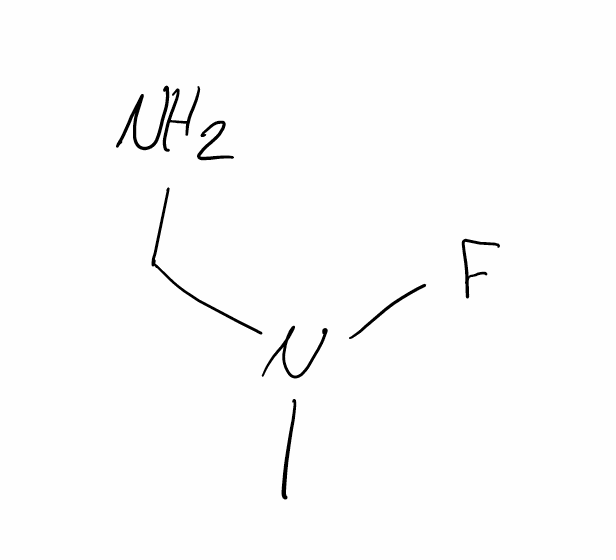
Simplified molecular-input line-entry system (SMILES) notation of the given molecule:
CN(CN)F